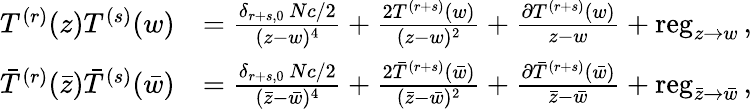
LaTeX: \begin{array}{rl}{T^{(r)}(z)T^{(s)}(w)}&{=\frac{\delta_{r+s,0}\, Nc/2}{(z-w)^{4}}+\frac{2T^{(r+s)}(w)}{(z-w)^{2}}+\frac{\partial T^{(r+s)}(w)}{z-w}+\mathrm{reg}_{z\to w}\, ,}\\ {\bar{T}^{(r)}(\bar{z})\bar{T}^{(s)}(\bar{w})}&{=\frac{\delta_{r+s,0}\, Nc/2}{(\bar{z}-\bar{w})^{4}}+\frac{2\bar{T}^{(r+s)}(\bar{w})}{(\bar{z}-\bar{w})^{2}}+\frac{\partial\bar{T}^{(r+s)}(\bar{w})}{\bar{z}-\bar{w}}+\mathrm{reg}_{\bar{z}\to\bar{w}}\, ,}\end{array}